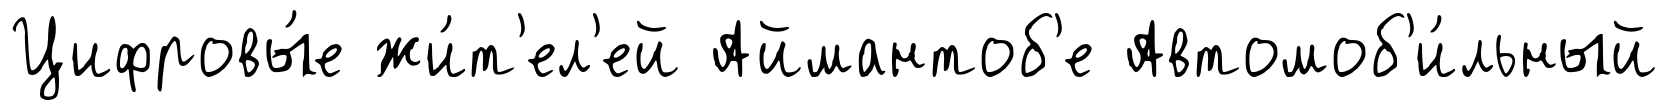
Цифровы́е жи́т'ел'ей Аймантоб'е Автомоб'и́льный